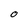
Character: O